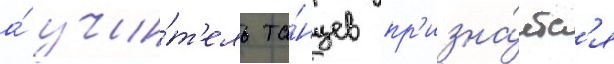
а́ учи́т'ель та́нцев пр'изна́етс'я